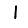
Digit: 1